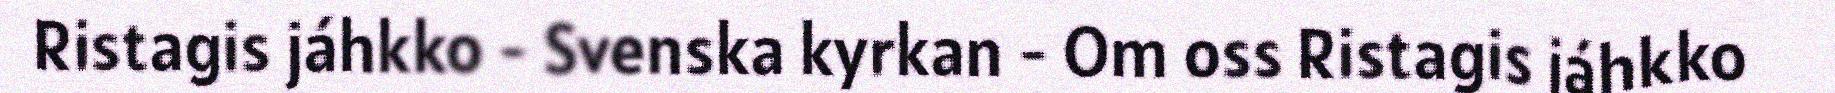
Ristagis jáhkko - Svenska kyrkan - Om oss Ristagis jáhkko